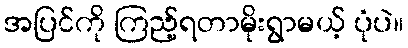
အပြင်ကို ကြည့်ရတာမိုးရွာမယ့် ပုံပဲ။